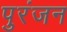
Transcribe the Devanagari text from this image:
पुरंजन